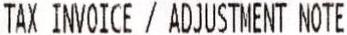
TAX INVOICE / ADJUSTMENT NOTE